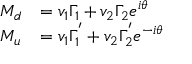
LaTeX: \begin{array} { l l } { { M _ { d } } } & { { = v _ { 1 } \Gamma _ { 1 } + v _ { 2 } \Gamma _ { 2 } e ^ { i \theta } } } \\ { { M _ { u } } } & { { = v _ { 1 } \Gamma _ { 1 } ^ { ' } + v _ { 2 } \Gamma _ { 2 } ^ { ' } e ^ { - i \theta } } } \end{array}